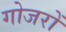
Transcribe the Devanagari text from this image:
गोजरों